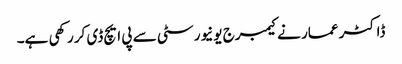
ڈاکٹر عمار نے کیمبرج یونیورسٹی سے پی ایچ ڈی کر رکھی ہے۔